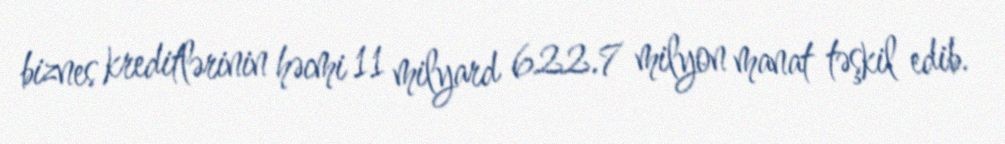
biznes kreditlərinin həcmi 11 milyard 622.7 milyon manat təşkil edib.